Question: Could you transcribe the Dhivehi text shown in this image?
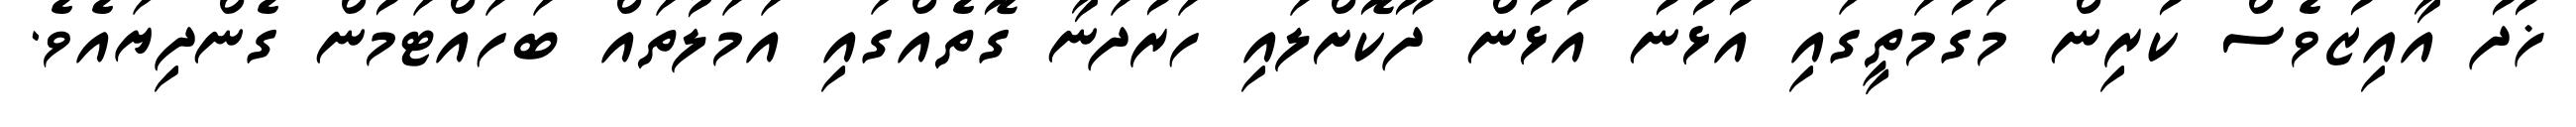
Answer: ޚުދު އާއިޒުވެސް ކުރިން މަގުމަތީގައި އުޅުނު އުޅުން ދޫކޮށްލައި ހަރުދަނާ ގޮތެއްގައި އަމަލުތައް ބަހައްޓަމުން ގެންދިޔައެވެ.